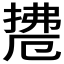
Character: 𱠟